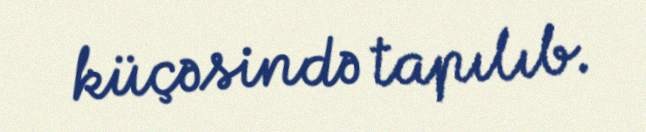
küçəsində tapılıb.